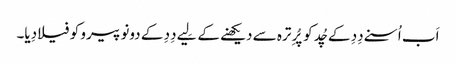
اَب اُسنے دِدِ کے چُد کو پُرِ ترہ سے دیکھنے کے لِیے دِدِ کے دونو پیرو کو فیلا دِیا۔